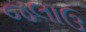
જલાઉ